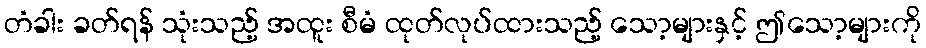
တံခါး ခတ်ရန် သုံးသည့် အထူး စီမံ ထုတ်လုပ်ထားသည့် သော့များနှင့် ဤသော့များကို